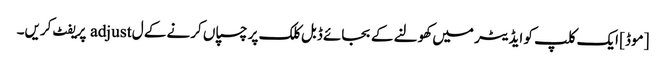
[موڈ] ایک کلپ کو ایڈیٹر میں کھولنے کے بجائے ڈبل کلک پر چسپاں کرنے کے ل adjust پریفٹ کریں۔